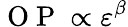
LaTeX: \mathrm{~O~P~}\propto\varepsilon^{\beta}